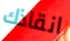
انقاذك